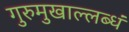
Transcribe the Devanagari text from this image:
गुरुमुखाल्लब्धं